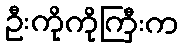
ဦးကိုကိုကြီးက